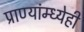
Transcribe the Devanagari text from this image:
प्राण्यांम्ध्येही